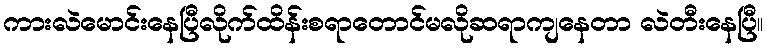
ကားလဲမောင်းနေပြီလိုက်ထိန်းစရာတောင်မလိုဆရာကျနေတာ လဲတီးနေပြီ။